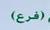
(فرع)